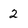
Character: 2